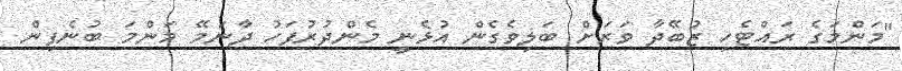
"މަންމަގެ ރައްޓެހި ޒުބޭދާ ވަރަށް ބަލިވެގެން އުޅެނީ މެންދުރުފަހު ދާނަމޭ މަންމަ ބުނެފިން